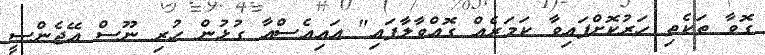
ގޮވާ ތަކެތި ހަރުކޮށްފައިވާ ކަމަރެއް ގޮއްވާލާފައި" އައިއެސްއާ ގުޅުން ހުރި ނޫސް އޭޖެންސީ